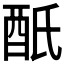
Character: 𨟾